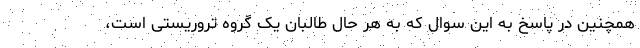
همچنین در پاسخ به این سوال که به هر حال طالبان یک گروه تروریستی است،